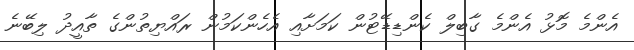
އެންމެ މޮޅު އެންމެ ގާބިލް ކެންޑިޑޭޓުން ކަމަށާއި އެހެންކަމުން ރައްޔިތުންގެ ތާއީދު ލިބޭނެ